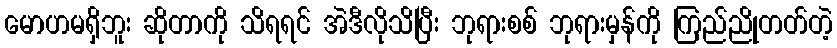
မောဟမရှိဘူး ဆိုတာကို သိရရင် အဲဒီလိုသိပြီး ဘုရားစစ် ဘုရားမှန်ကို ကြည်ညိုတတ်တဲ့